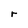
Character: r